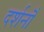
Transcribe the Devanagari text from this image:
दर्शनॊं